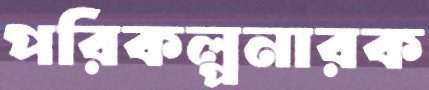
পরিকল্পনারক